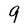
Character: 9